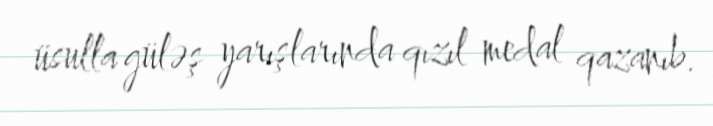
üsulla güləş yarışlarında qızıl medal qazanıb.